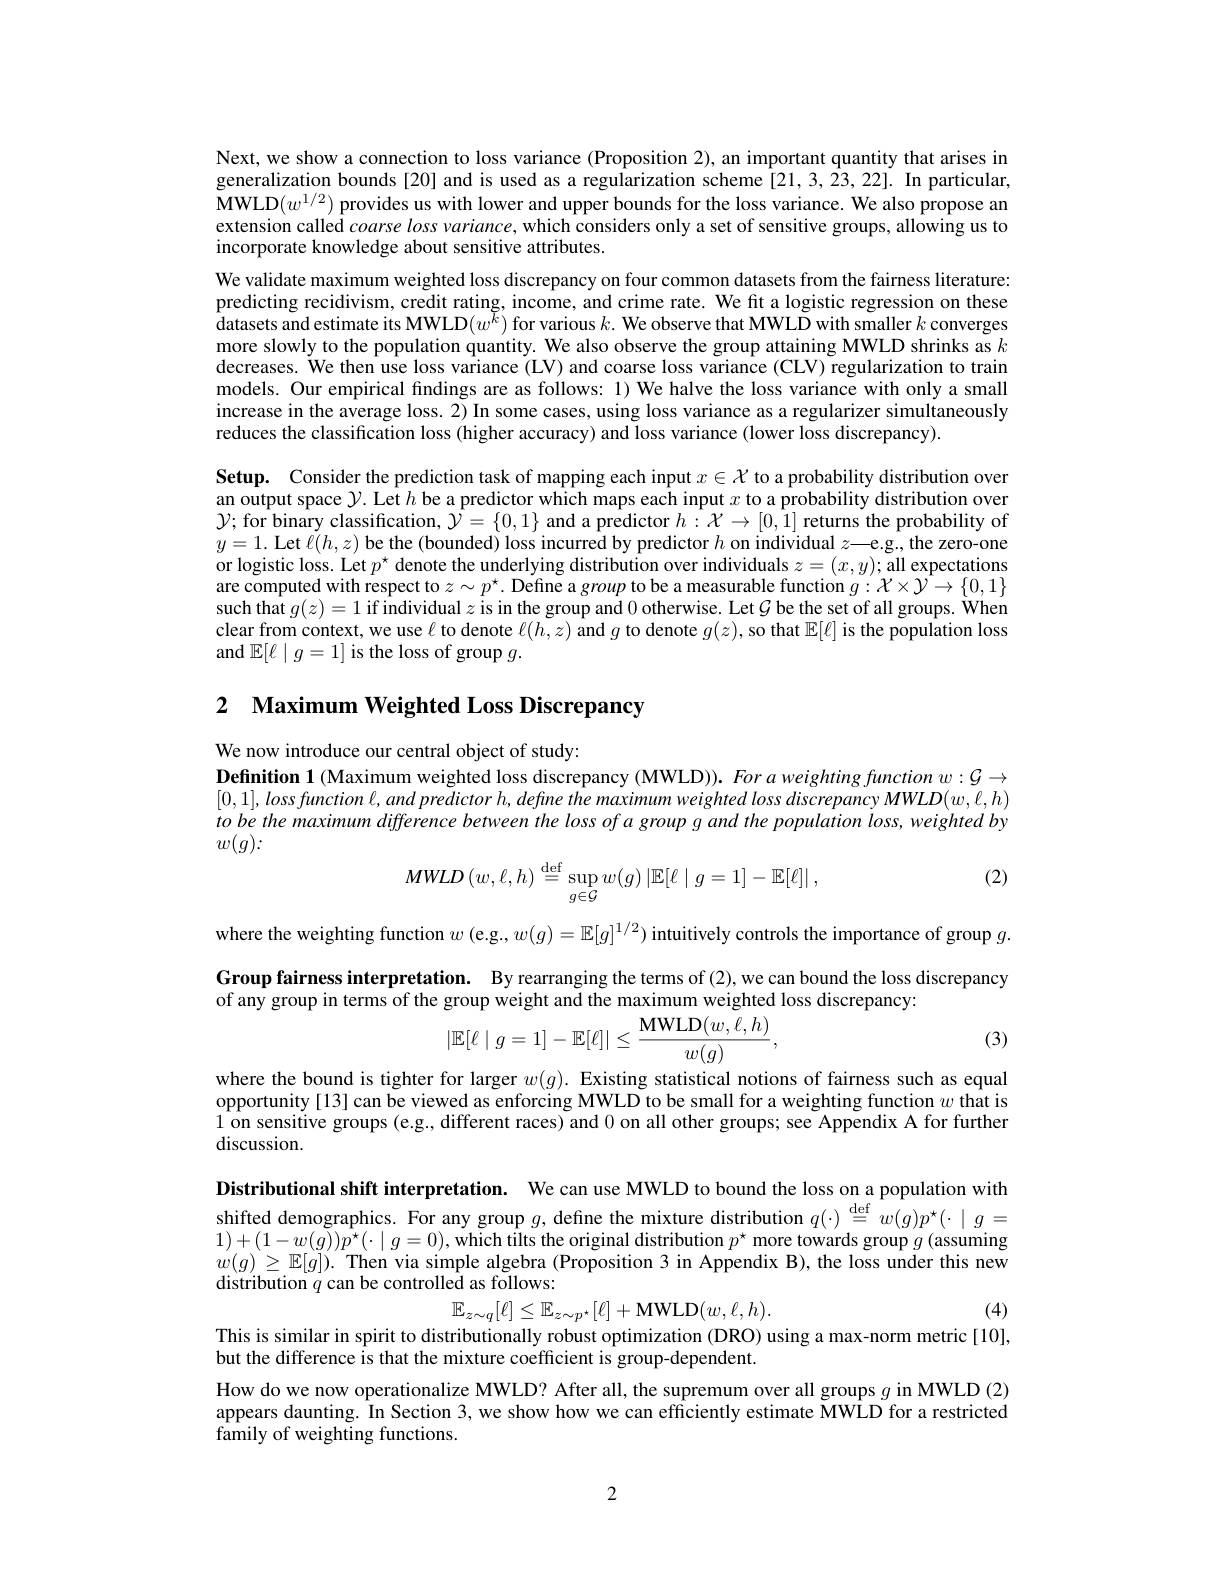
Next, we show a connection to loss variance (Proposition 2), an important quantity that arises in generalization bounds [20] and is used as a regularization scheme[21,3,23,22]. In particular, MWLD$( w^{1/ 2})$ provides us with lower and upper bounds for the loss variance. We also propose an extension called coarse loss variance, which considers only a set of sensitive groups, allowing us to incorporate knowledge about sensitive attributes.
We validate maximum weighted loss discrepancy on four common datasets from the fairness literature: predicting recidivism, credit rating, income, and crime rate. We fit a logistic regression on these $\hat{\text{datasets and estimate its MWLD}}(w^{\tilde{k}})$ for various $k.$ We observe that MWLÕ with smaller $k$ converges more slowly to the population quantity. We also observe the group attaining MWLD shrinks as $k$ decreases. We then use loss variance (LV) and coarse loss variance (CLV) regularization to train models. Our empirical fındings are as follows: 1) We halve the loss variance with only a small increase in the average loss. $\tilde{2})$ In some cases, using loss variance as a regularizer simultaneously reduces the classification loss (higher accuracy) and loss variance (lower loss discrepancy).
Setup. Consider the prediction task of mapping each input $x\in\mathcal{X}$ to a probability distribution over an output space $\mathcal{Y}.$ Let $h$ be a predictor which maps each input $x$ to a probability distribution over $\mathcal{Y};$ for binary classification, $\mathcal{Y}=\{0,1\}$ and a predictor $h:\mathcal{X}\to[0,1]$ returns the probability of $y=1.$ Let $\ell ( h, z) \textbf{be the ( bounded) loss incurred by predictor }h$ on individual $z—$e.g., the zero-one or logistic loss. Let $p^\star$ denote the underlying distribution over individuals $z=(x,y);$ all expectations are computed with respect to $z\sim p^*.$ Define a group to be a measurable function $g:\mathcal{X}\times\hat{\mathcal{Y}}\to\{0,1\}$ such that $g(z)=1$ if individual $z$ is in the group and 0 otherwise. Let $\mathcal{G}$ be the set of all groups. When clear from context, we use $\ell$ to denote $\ell(h,z)$ and $g$ to denote $g(z)$,so that $\mathbb{E}[\ell]$ is the population loss and $\mathbb{E}[\ell\mid g=1]$ is the loss of group $g.$

2 Maximum Weighted Loss Discrepancy

We now introduce our central object of study:
Definition 1 (Maximum weighted loss discrepancy (MWLD)). For a weighting function $w:\mathcal{G}\to$ $[ 0, 1] , \textit{loss function l, and predictor h, define the maximum weighted loss discrepancy MWLD}( w, \ell , h)$ to be the maximum difference between the loss of a group g and the population loss, weighted by $w(g)\colon$

(2)
$$MWLD\left(w,\ell,h\right)\stackrel{\mathrm{def}}{=}\sup_{g\in\mathcal{G}}w(g)\left|\mathbb{E}[\ell\mid g=1]-\mathbb{E}[\ell]\right|,$$
where the weighting function $w$ (e.g., $w(g)=\mathbb{E}[g]^1/2)$ intuitively controls the importance of group $g.$ Group fairness interpretation. By rearranging the terms of (2),we can bound the loss discrepancy of any group in terms of the group weight and the maximum weighted loss discrepancy:
$$|\mathbb{E}[\ell\mid g=1]-\mathbb{E}[\ell]|\leq\frac{\mathrm{MWLD}(w,\tilde{\ell},h)}{w(g)},$$
(3)

where the bound is tighter for larger $w(g).$ Existing statistical notions of fairness such as equal opportunity [13] can be viewed as enforcing MWLD to be small for a weighting function $w$ that is 1 on sensitive groups (e.g., different races) and 0 on all other groups; see Appendix A for further discussion.

Distributional shift interpretation. We can use MWLD to bound the loss on a population with shifted demographics. For any group $g$, define the mixture distribution $q(\cdot)\stackrel{\mathrm{def}}{=}w(g)p^{\star}(\cdot\mid g=$ $1)+(1-w(g))\hat{p}^{\star}(\cdot\mid g=0)$,which tilts the original distribution $p^{\star}$ more towards group $g$ (assuming $w( g) \geq \mathbb{E} [ g] ) . \textbf{ Then via simple algebra ( Proposition 3 in Appendix B) , the loss under this new}$ distribution $q$ can be controlled as follows:
$$\mathbb{E}_{z\sim q}[\ell]\leq\mathbb{E}_{z\sim p^{\star}}[\ell]+\mathrm{MWLD}(w,\ell,h).$$
(4)

This is similar in spirit to distributionally robust optimization (DRO) using a max-norm metric[10],

but the difference is that the mixture coefficient is group-dependent
How do we now operationalize MWLD? After all, the supremum over all groups $g$ in MWLD (2) appears daunting. In Section 3, we show how we can efficiently estimate MWLD for a restricted family of weighting functions.

2